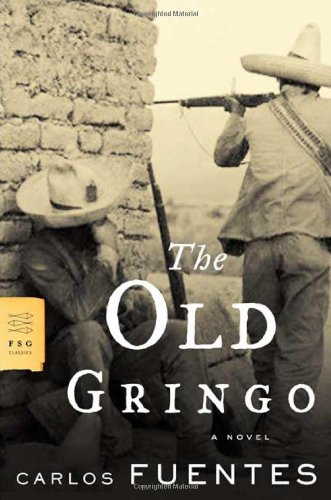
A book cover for The Old Gringo: A Novel (FSG Classics); Carlos Fuentes; Science Fiction & Fantasy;